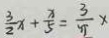
\frac { 3 } { 2 } x + \frac { x } { 5 } = \frac { 3 } { \pi } x